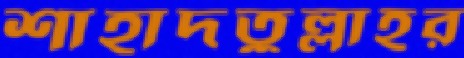
শাহাদতুল্লাহর